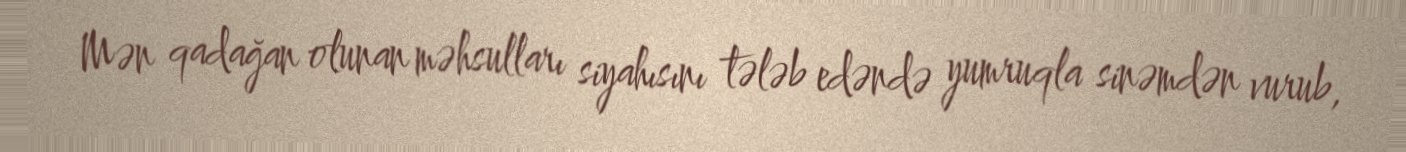
Mən qadağan olunan məhsulları siyahısını tələb edəndə yumruqla sinəmdən vurub,